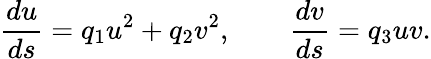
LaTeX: {\frac{du}{ds}}=q_{1}u^{2}+q_{2}v^{2},\qquad{\frac{dv}{ds}}=q_{3}uv.